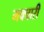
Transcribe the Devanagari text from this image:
मक्चारी